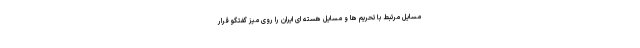
مسایل مرتبط با تحریم ها و مسایل هسته ای ایران را روی میز گفتگو قرار